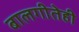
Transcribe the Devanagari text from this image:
बालगीतेही